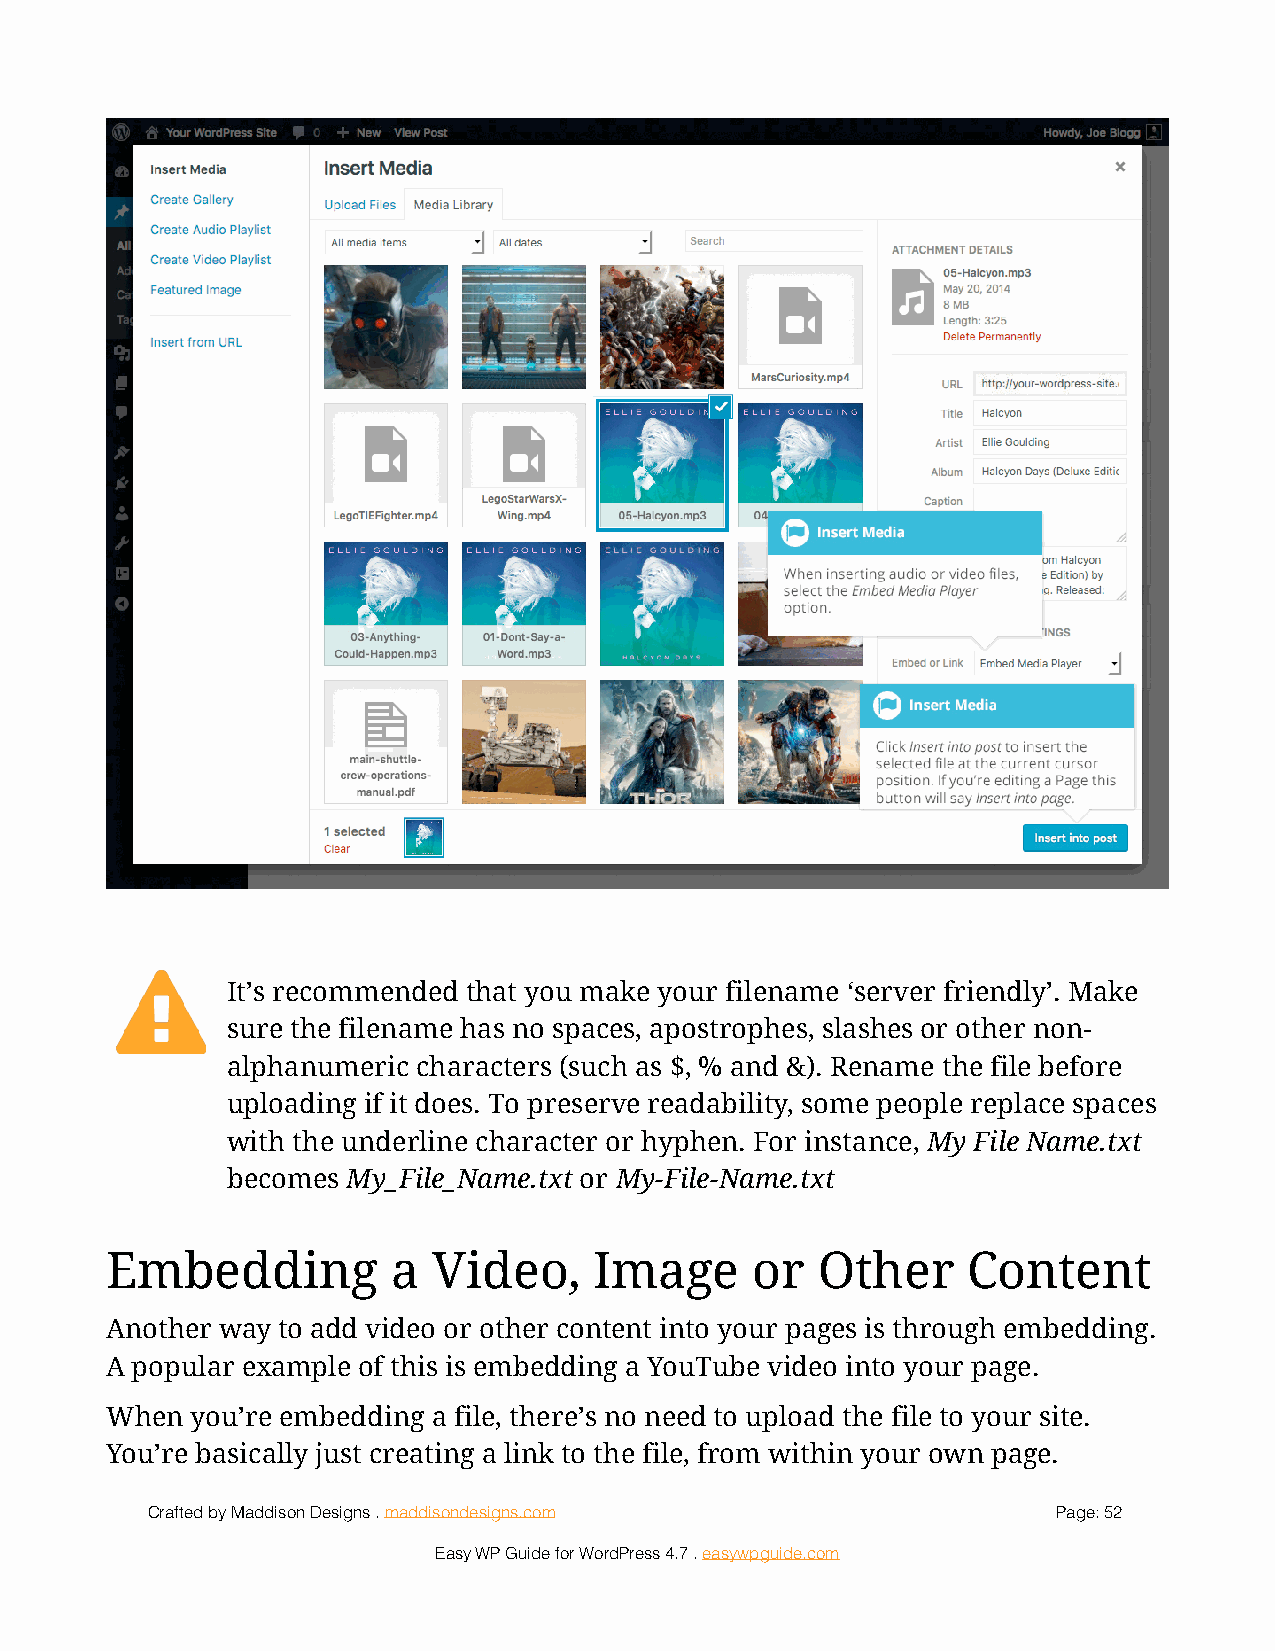
!
 It’s recommended that you make your filename ‘server friendly’. Make
 sure the filename has no spaces, apostrophes, slashes or other non-
 !
 alphanumeric characters (such as $, % and &). Rename the file before
 uploading if it does. To preserve readability, some people replace spaces
 with the underline character or hyphen. For instance, My File Name.txt
 becomes My_File_Name.txt or My-File-Name.txt
 Embedding          a  Video,    Image      or  Other     Content
 Another way to add video or other content into your pages is through embedding.
 A popular example of this is embedding a YouTube video into your page.
 When  you’re embedding a file, there’s no need to upload the file to your site.
 You’re basically just creating a link to the file, from within your own page.
 Crafted by Maddison Designs . maddisondesigns.com           Page: 5 2
 Easy WP Guide for WordPress 4.7 . easywpguide.com